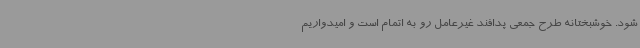
شود. خوشبختانه طرح جمعی پدافند غیرعامل رو به اتمام است و امیدواریم